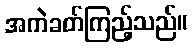
အကဲခတ်ကြည့်သည်။